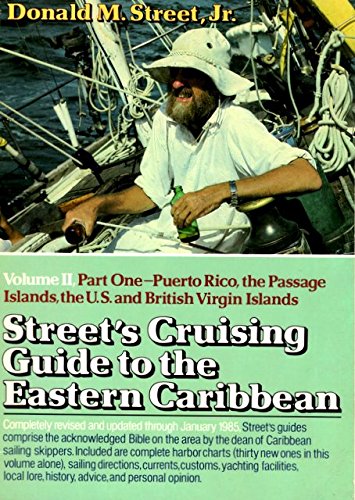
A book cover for Street's Cruising Guide to the Eastern Caribbean, Part 1: Puerto Rico, Passage Islands, United States and British Virgin Islands; Donald M. Street; Travel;